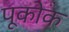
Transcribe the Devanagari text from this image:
पूकोक